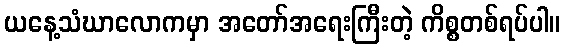
ယနေ့သံဃာလောကမှာ အတော်အရေးကြီးတဲ့ ကိစ္စတစ်ရပ်ပါ။